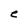
Character: e